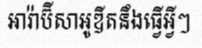
អារ៉ាប៊ីសាអូឌីតនឹងធ្វើអ្វីៗ